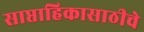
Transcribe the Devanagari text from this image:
साप्ताहिकासाठीचे